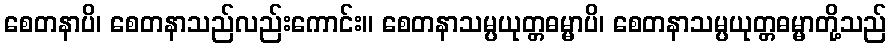
စေတနာပိ၊ စေတနာသည်လည်းကောင်း။ စေတနာသမ္ပယုတ္တဓမ္မာပိ၊ စေတနာသမ္ပယုတ္တဓမ္မာတို့သည်